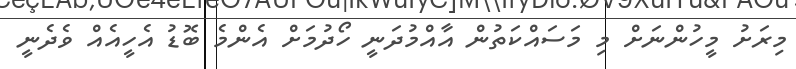
މިރަށު މީހުންނަށް މި މަސައްކަތުން އާއްމުދަނީ ހޯދުމަށް އެންމެ ބޮޑު އެހީއެއް ވެދެނީ